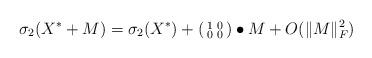
LaTeX: \begin{align*}\sigma_2(X^*+M)=\sigma_2(X^*)+\begin{psmallmatrix}1 & 0 \\0 & 0\end{psmallmatrix}\bullet M+O(\|M\|_F^2)\end{align*}